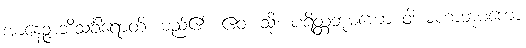
အာနေဉ္ဇာဘိသင်္ခါရောတိ၊ မည်၏။ ဧဝံ၊ သို့။ ပရိတ္တဘူမကော ဝါ မဟာဘူမကော